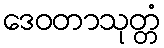
ဒေဝတာသုတ္တံ